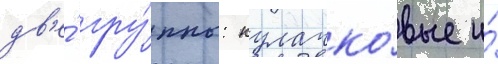
дв'е́ гру́ппы: кулачко́вые и́